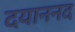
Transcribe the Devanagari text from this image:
दयाननद